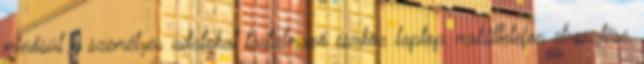
minősül a személyes adatokat tartalmazó eszköz laptop, mobiltelefon elvesztése,